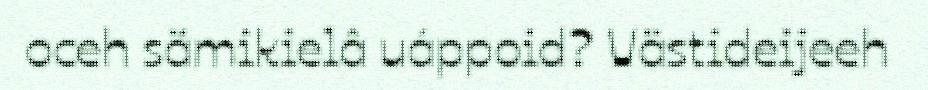
oceh sämikielâ uáppoid? Västideijeeh